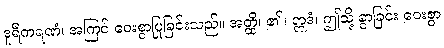
ဒူရီကရဏံ၊ အကြင် ဝေးစွာပြုခြင်းသည်။ အတ္ထိ၊ ၏။ ဣဒံ၊ ဤသို့ ခွာခြင်း ဝေးစွာ